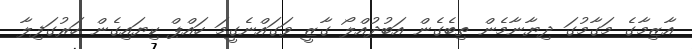
އާޒިމާގެ މަގާމުގަ ދިޔާނާމެން ތިބެގެން އަބުދުއްލޯ ގާޒީ ވަގައްނެގީމަ ހައްޕް ކިޔައިގެން ހަރުގަފިލާ